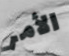
الأمر